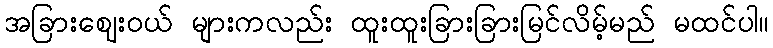
အခြားဈေးဝယ် များကလည်း ထူးထူးခြားခြားမြင်လိမ့်မည် မထင်ပါ။